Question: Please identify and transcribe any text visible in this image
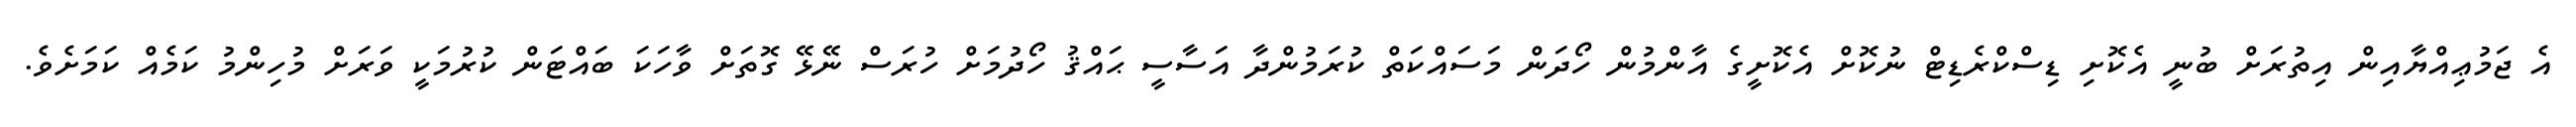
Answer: އެ ޖަމުޢިއްޔާއިން އިތުރަށް ބުނީ އެކޮށި ޑިސްކްރެޑިޓް ނުކޮށް އެކޮށީގެ އާންމުން ހޯދަން މަސައްކަތް ކުރަމުންދާ އަސާސީ ޙައްޤު ހޯދުމަށް ހުރަސް ނޭޅޭ ގޮތަށް ވާހަކަ ބައްޓަން ކުރުމަކީ ވަރަށް މުހިންމު ކަމެއް ކަމަށެވެ.